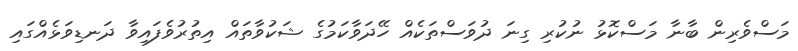
މަސްވެރިން ބާނާ މަސްކޮޅު ނުކުރި ގިނަ ދުވަސްތަކެއް ހޭދަވާކަމުގެ ޝަކުވާތައް އިތުރުވެފައިވާ ދަނޑިވަޅެއްގައި